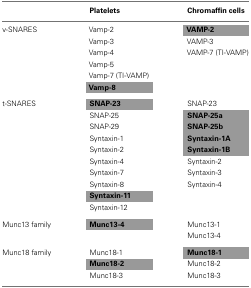
|  | Platelets | Chromaffin cells |
 | --- | --- | --- |
 | v-SNARES | Vamp-2 | VAMP-2 |
 |  | Vamp-3 | VAMP-3 |
 |  | Vamp-4 | VAMP-7 (TI-VAMP) |
 |  | Vamp-5 |  |
 |  | Vamp-7 (TI-VAMP) |  |
 |  | Vamp-8 |  |
 | t-SNARES | SNAP-23 | SNAP-23 |
 |  | SNAP-25 | SNAP-25a |
 |  | SNAP-29 | SNAP-25b |
 |  | Syntaxin-1 | Syntaxin-1A |
 |  | Syntaxin-2 | Syntaxin-1B |
 |  | Syntaxin-4 | Syntaxin-2 |
 |  | Syntaxin-7 | Syntaxin-3 |
 |  | Syntaxin-8 | Syntaxin-4 |
 |  | Syntaxin-11 |  |
 |  | Syntaxin-12 |  |
 | Munc13 family | Munc13-4 | Munc13-1 |
 |  |  | Munc13-4 |
 | Munc18 family | Munc18-1 | Munc18-1 |
 |  | Munc18-2 | Munc18-2 |
 |  | Munc18-3 | Munc18-3 |